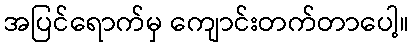
အပြင်ရောက်မှ ကျောင်းတက်တာပေါ့။